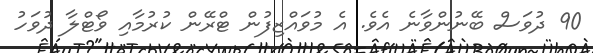
90 ދުވަސް ބޭނުންވާނެ އެވެ. އެ މުވައްޒިފުން ޓްރޭން ކުރުމާއި ވޯޓްލާ ދުވަހު